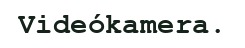
Videókamera.